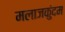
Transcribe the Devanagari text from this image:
मलाजकुंदम